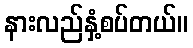
နားလည်နှံ့စပ်တယ်။